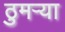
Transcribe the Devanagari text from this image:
ठुमऱ्या